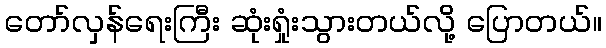
တော်လှန်ရေးကြီး ဆုံးရှုံးသွားတယ်လို့ ပြောတယ်။